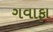
ગવાફા